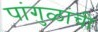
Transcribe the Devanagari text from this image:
पांगुळांची